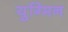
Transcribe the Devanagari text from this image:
युग्मिन